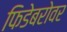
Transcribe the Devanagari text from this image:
फिडेबरोवर